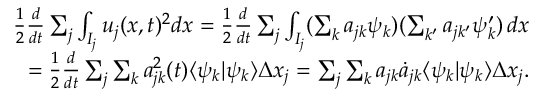
\begin{array} { r } { \frac { 1 } { 2 } \frac { d } { d t } \sum _ { j } \int _ { I _ { j } } u _ { j } ( x , t ) ^ { 2 } d x = \frac { 1 } { 2 } \frac { d } { d t } \sum _ { j } \int _ { I _ { j } } ( \sum _ { k } a _ { j k } \psi _ { k } ) ( \sum _ { k ^ { \prime } } a _ { j k ^ { \prime } } \psi _ { k } ^ { \prime } ) \mathop { d x } } \\ { = \frac { 1 } { 2 } \frac { d } { d t } \sum _ { j } \sum _ { k } a _ { j k } ^ { 2 } ( t ) \langle \psi _ { k } | \psi _ { k } \rangle \Delta x _ { j } = \sum _ { j } \sum _ { k } a _ { j k } \dot { a } _ { j k } \langle \psi _ { k } | \psi _ { k } \rangle \Delta x _ { j } . } \end{array}